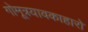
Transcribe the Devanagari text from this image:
गोमूत्रयावकाहारो